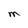
Character: M